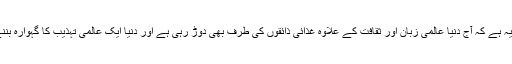
جس کا نتیجہ یہ ہے کہ آج دنیا عالمی زبان اور ثقافت کے علاوہ غذائی ذائقوں کی طرف بھی دوڑ رہی ہے اور دنیا ایک عالمی تہذیب کا گہوارہ بننے جارہی ہے۔